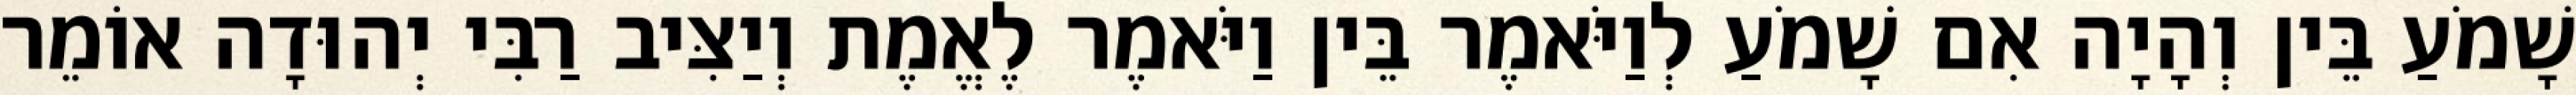
שָׁמֹעַ בֵּין וְהָיָה אִם שָׁמֹעַ לְוַיֹּאמֶר בֵּין וַיֹּאמֶר לֶאֱמֶת וְיַצִּיב רַבִּי יְהוּדָה אוֹמֵר